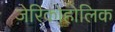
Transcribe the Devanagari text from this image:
जेरिकोहोलिक